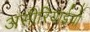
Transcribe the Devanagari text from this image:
असीरियाईयों